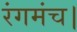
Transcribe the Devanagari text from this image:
रंगमंच।